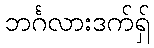
ဘင်္ဂလားဒက်ရှ်